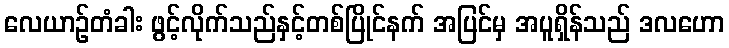
လေယာဉ်တံခါး ဖွင့်လိုက်သည်နှင့်တစ်ပြိုင်နက် အပြင်မှ အပူရှိန်သည် ဒလဟော